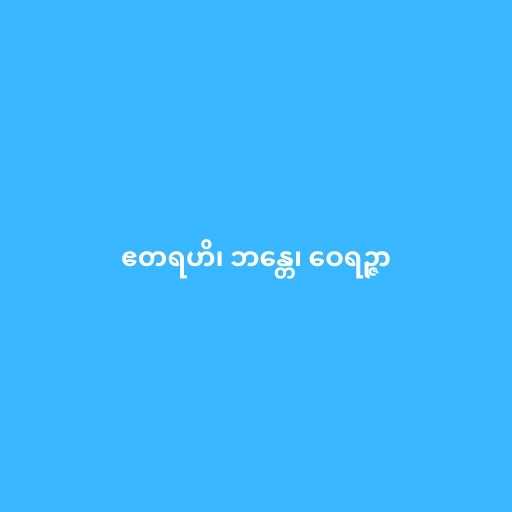
ဧတရဟိ၊ ဘန္တေ၊ ဝေရဉ္ဇာ